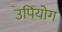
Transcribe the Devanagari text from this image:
उपियोग